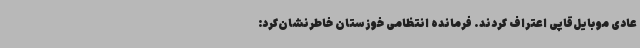
عادی موبایل‌قاپی اعتراف کردند. فرمانده انتظامی خوزستان خاطرنشان‌کرد: